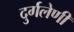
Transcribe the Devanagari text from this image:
दुर्गलेणी